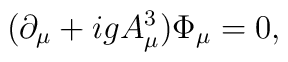
(\partial_{\mu} + ig A_{\mu}^{3})\Phi_{\mu} = 0 ,